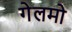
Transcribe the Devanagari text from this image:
गेलमो